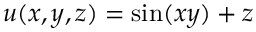
u ( x , y , z ) = \sin ( x y ) + z